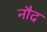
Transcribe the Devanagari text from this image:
नौद